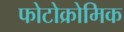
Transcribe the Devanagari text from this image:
फोटोक्रोमिक